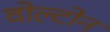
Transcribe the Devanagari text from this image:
वोल्टोन